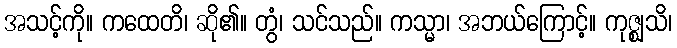
အသင့်ကို။ ကထေတိ၊ ဆို၏။ တွံ၊ သင်သည်။ ကသ္မာ၊ အဘယ်ကြောင့်။ ကုဇ္ဈသိ၊